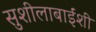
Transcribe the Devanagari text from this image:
सुशीलाबाईंशी